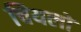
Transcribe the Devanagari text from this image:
चियलो